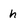
Character: h